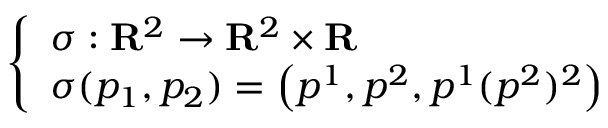
\left\{ \begin{array} { l l } { \sigma : \mathbf { R } ^ { 2 } \to \mathbf { R } ^ { 2 } \times \mathbf { R } } \\ { \sigma ( p _ { 1 } , p _ { 2 } ) = \left( p ^ { 1 } , p ^ { 2 } , p ^ { 1 } ( p ^ { 2 } ) ^ { 2 } \right) } \end{array} \right.